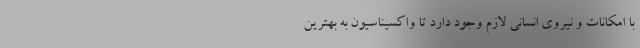
با امکانات و نیروی انسانی لازم وجود دارد تا واکسیناسیون به بهترین